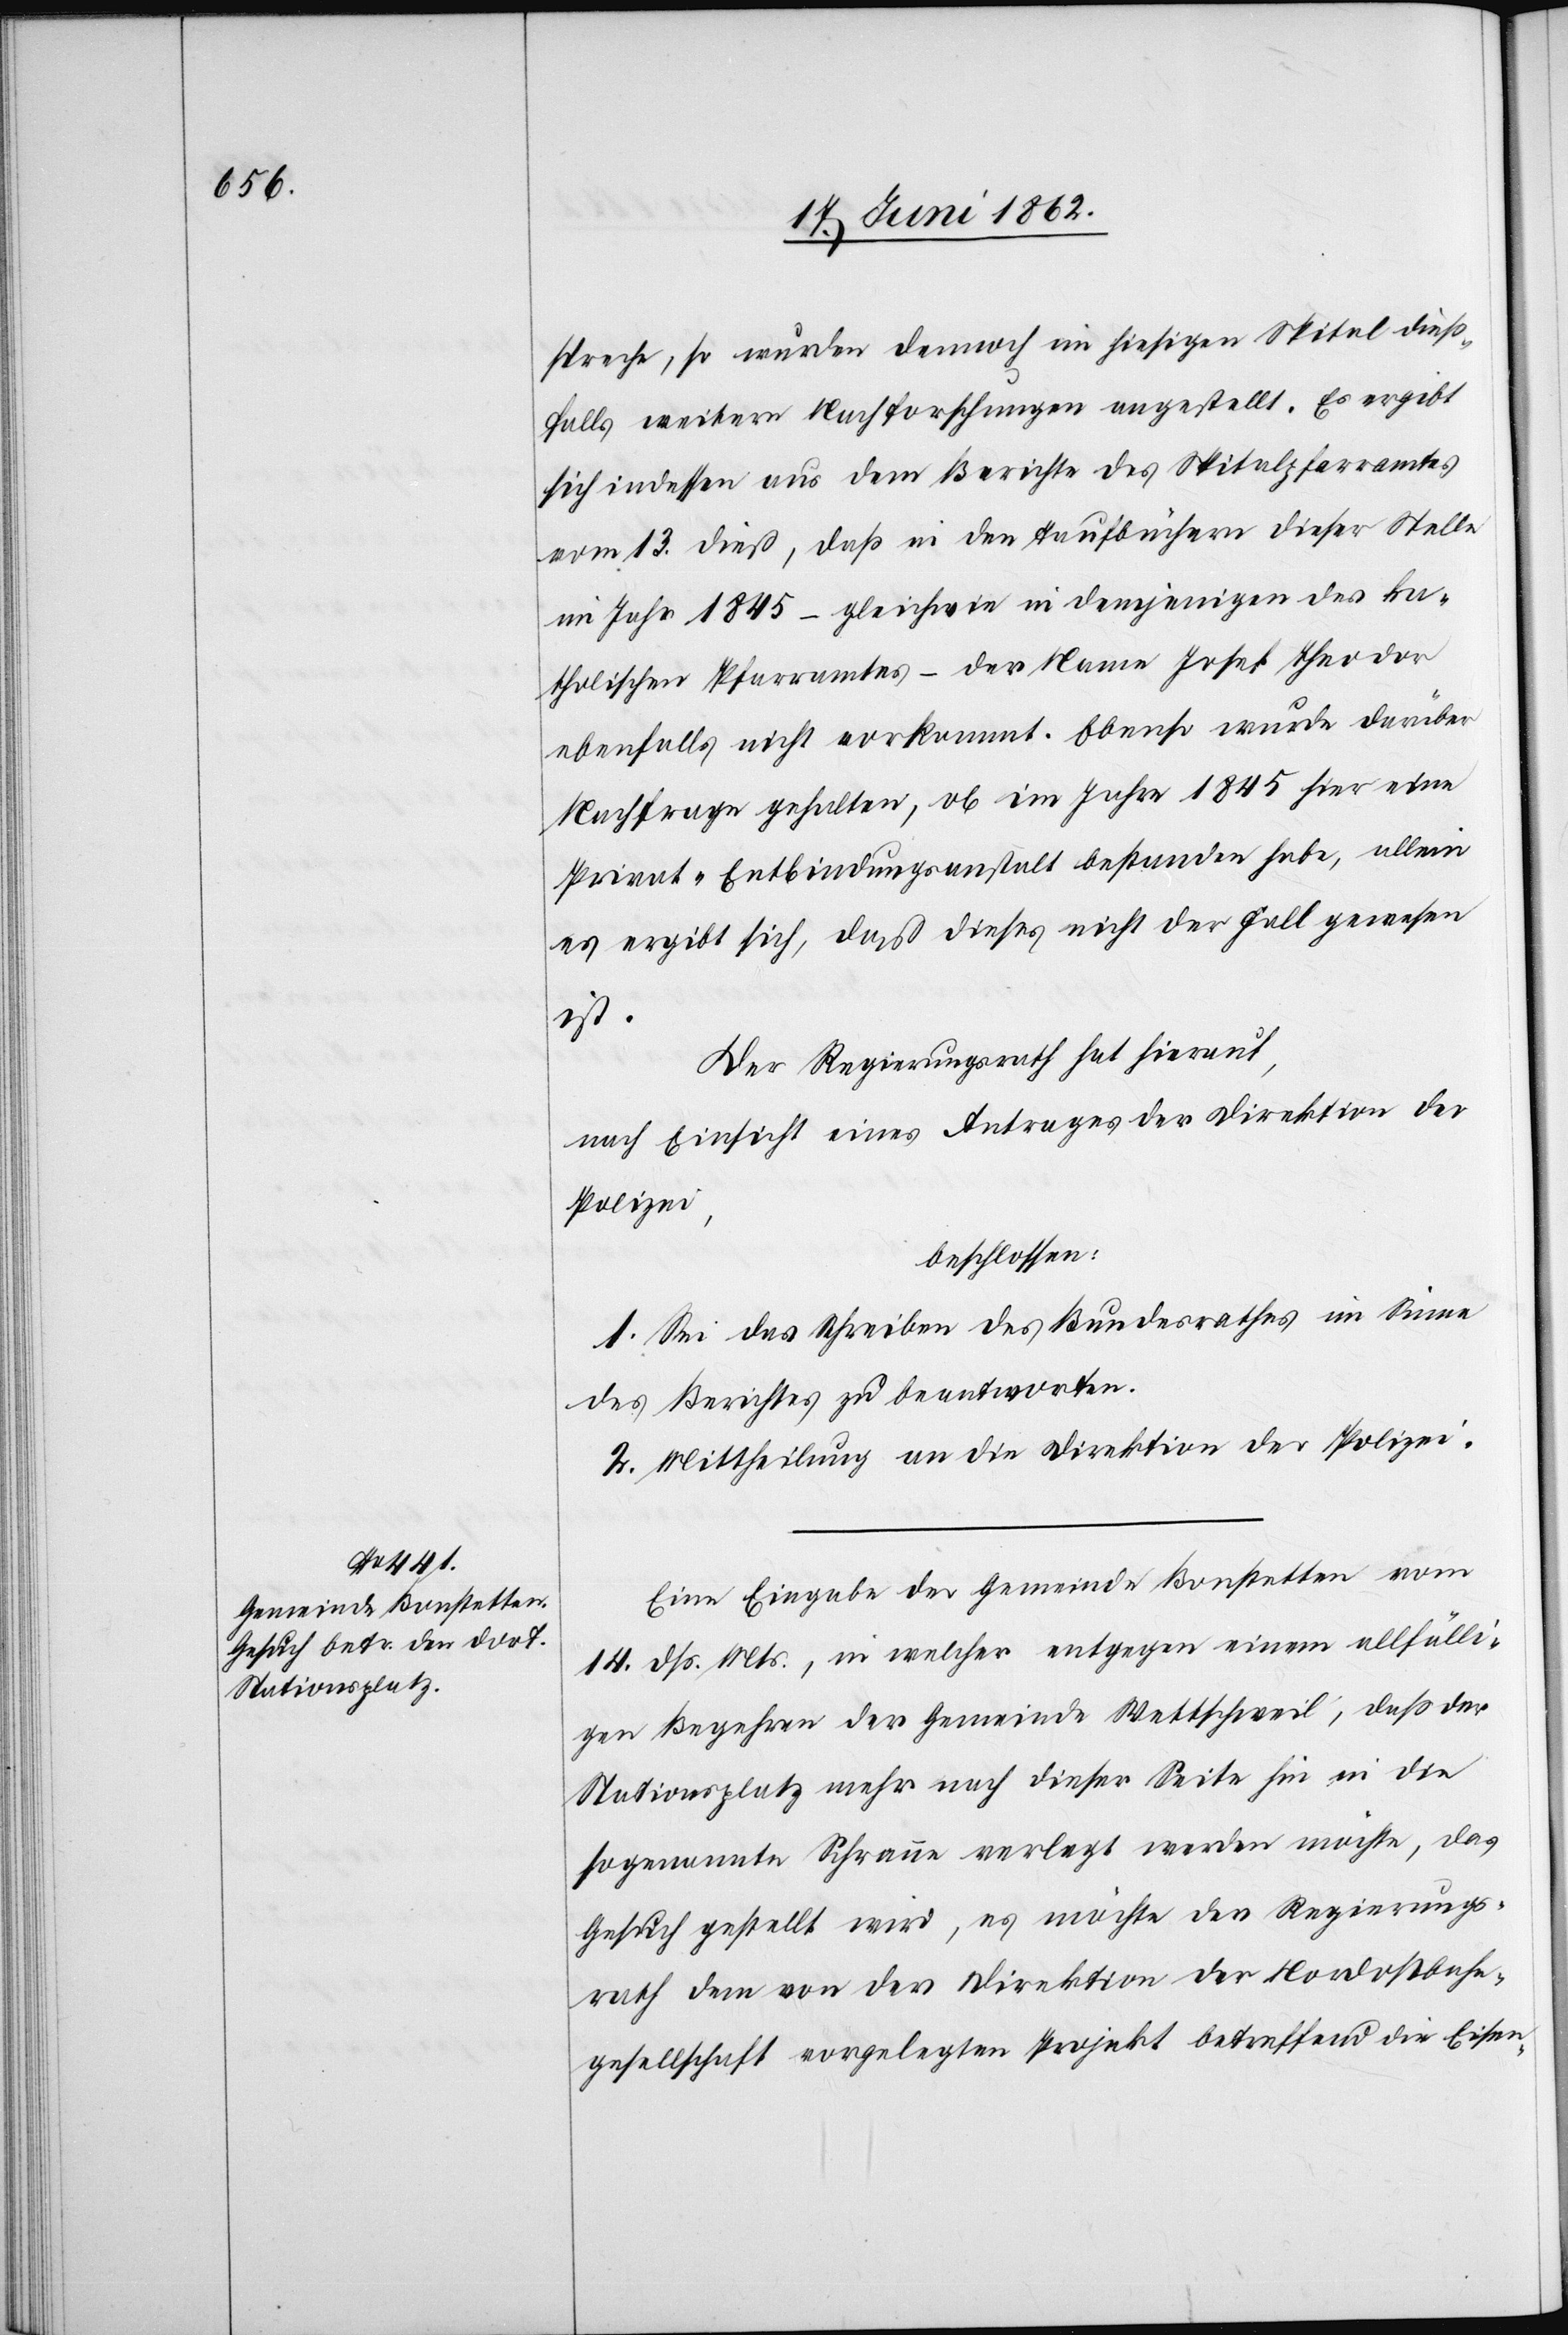
spreche, so wurden dennoch im hiesigen Spital dieß¬
falls weitere Nachforschungen angestellt. Es ergibt
sich indessen aus dem Berichte des Spitalpfarramtes
vom 13. dieß, daß in den Taufbüchern dieser Stelle
im Jahr 1845 – gleichwie in demjenigen des ka¬
tholischen Pfarramtes – der Name Josef Theodor
ebenfalls nicht vorkommt. Ebenso wurde darüber
Nachfrage gehalten, ob im Jahre 1845 hier eine
Privat-Entbindungsanstalt bestanden habe, allein
es ergibt sich, daß dieses nicht der Fall gewesen
ist.
Der Regierungsrath hat hierauf,
nach Einsicht eines Antrages der Direktion der
Polizei,
beschlossen:
1. Sei das Schreiben des Bundesrathes im Sinne
des Berichtes zu beantworten.
2. Mittheilung an die Direktion der Polizei.
Eine Eingabe der Gemeinde Bonstetten vom
14. dß. Mts., in welcher entgegen einem allfälli¬
gen Begehren der Gemeinde Wettschweil, daß der
Stationsplatz mehr nach dieser Seite hin in die
sogenannte Schrenne verlegt werden möchte, das
Gesuch gestellt wird, es möchte der Regierungs¬
rath dem von der Direktion der Nordostbahn¬
gesellschaft vorgelegten Projekt betreffend die Eisen-